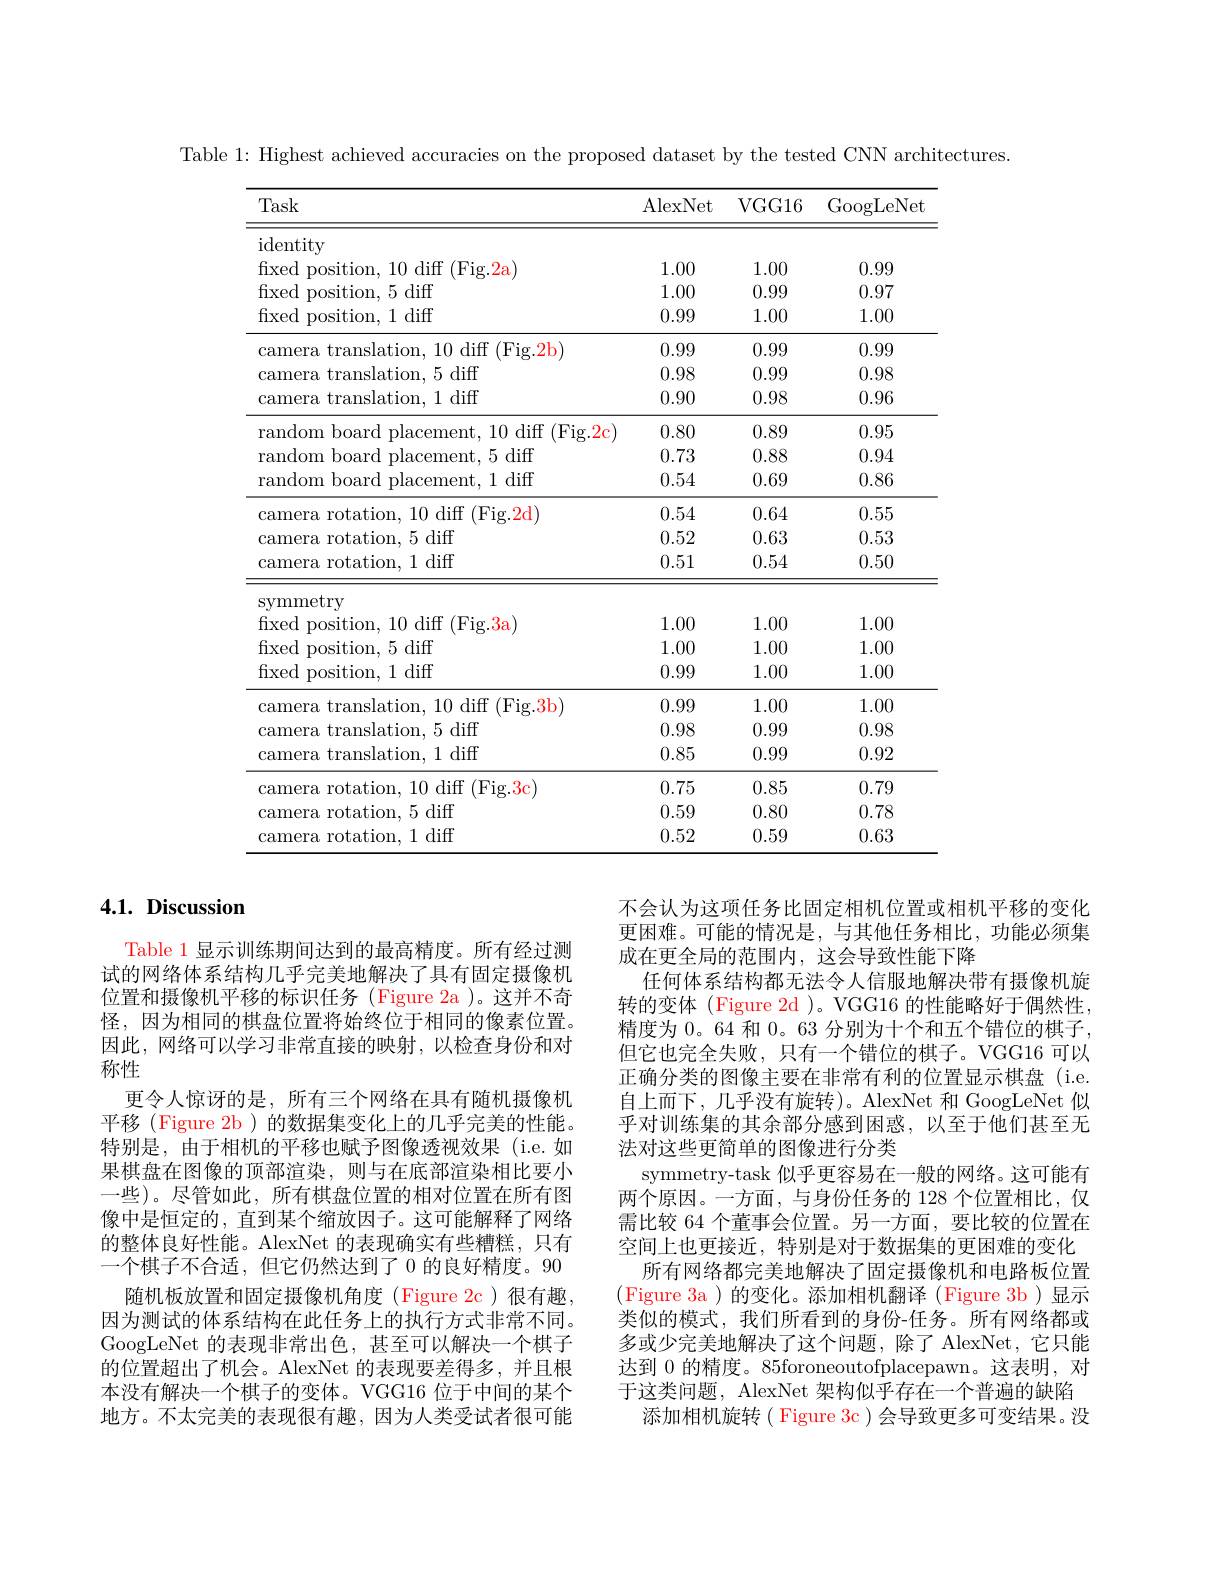
Table 1: Highest achieved accuracies on the proposed dataset by the tested CNN architectures.
<table>
	<tbody>
		<tr>
			<th>Task</th>
			<th>AlexNet</th>
			<th>VGG16</th>
			<th>$\operatorname{GoogLeNet}$</th>
		</tr>
		<tr>
			<td>$\operatorname{identity}$</td>
			<td> </td>
			<td> </td>
			<td> </td>
		</tr>
		<tr>
			<td>fixed position, 10 diff (Fig.2a</td>
			<td>1.00</td>
			<td>1.00</td>
			<td>0.99</td>
		</tr>
		<tr>
			<td>$j$diff fivec 5</td>
			<td>1.00</td>
			<td>0.99</td>
			<td>0.97</td>
		</tr>
		<tr>
			<td>fixed position, 1 diff</td>
			<td>0.99</td>
			<td>1.00</td>
			<td>1.00</td>
		</tr>
		<tr>
			<td>camera translation, 10 diff (Fig.2b)</td>
			<td>0.99</td>
			<td>0.99</td>
			<td>0.99</td>
		</tr>
		<tr>
			<td>camera translation, 5 diff</td>
			<td>0.98</td>
			<td>0.99</td>
			<td>0.98</td>
		</tr>
		<tr>
			<td>camera translation, 1 diff</td>
			<td>0.90</td>
			<td>0.98</td>
			<td>0.96</td>
		</tr>
		<tr>
			<td>random board placement, 10 diff (Fig.2c)</td>
			<td>0.80</td>
			<td>0.89</td>
			<td>0.95</td>
		</tr>
		<tr>
			<td>random board placement, 5 diff</td>
			<td>0.73</td>
			<td>0.88</td>
			<td>0.94</td>
		</tr>
		<tr>
			<td>random board placement, 1 diff</td>
			<td>0.54</td>
			<td>0.69</td>
			<td>0.86</td>
		</tr>
		<tr>
			<td>camera rotation, 10 diff (Fig.2d)</td>
			<td>0.54</td>
			<td>0.64</td>
			<td>0.55</td>
		</tr>
		<tr>
			<td>camera rotation, 5 diff</td>
			<td>0.52</td>
			<td>0.63</td>
			<td>0.53</td>
		</tr>
		<tr>
			<td>camera rotation, 1 diff</td>
			<td>0.51</td>
			<td>0.54</td>
			<td>0.50</td>
		</tr>
		<tr>
			<td>symmetry</td>
			<td> </td>
			<td> </td>
			<td> </td>
		</tr>
		<tr>
			<td>fixed position, 10 diff (Fig.3a</td>
			<td>1.00</td>
			<td>1.00</td>
			<td>1.00</td>
		</tr>
		<tr>
			<td>fixed position, 5 diff</td>
			<td>1.00</td>
			<td>1.00</td>
			<td>1.00</td>
		</tr>
		<tr>
			<td>fixed position, 1 diff</td>
			<td>0.99</td>
			<td>1.00</td>
			<td>1.00</td>
		</tr>
		<tr>
			<td>camera translation, 10 diff (Fig.3b)</td>
			<td>0.99</td>
			<td>1.00</td>
			<td>1.00</td>
		</tr>
		<tr>
			<td>camera translation, 5 diff</td>
			<td>0.98</td>
			<td>0.99</td>
			<td>0.98</td>
		</tr>
		<tr>
			<td>camera translation, 1 diff</td>
			<td>0.85</td>
			<td>0.99</td>
			<td>0.92</td>
		</tr>
		<tr>
			<td>camera rotation, 10 diff (Fig.3c)</td>
			<td>0.75</td>
			<td>0.85</td>
			<td>0.79</td>
		</tr>
		<tr>
			<td>camera rotation, 5 diff</td>
			<td>0.59</td>
			<td>0.80</td>
			<td>0.78</td>
		</tr>
		<tr>
			<td>diff Came 1</td>
			<td>0.52</td>
			<td>0.59</td>
			<td>0.63</td>
		</tr>
	</tbody>
</table>

# 4.1. Discussion

Table 1 显示训练期间达到的最高精度。所有经过测试的网络体系结构几乎完美地解决了具有固定摄像机位置和摄像机平移的标识任务 (Figure 2a )。这并不奇怪，因为相同的棋盘位置将始终位于相同的像素位置。因此，网络可以学习非常直接的映射，以检查身份和对称性
更令人惊讶的是，所有三个网络在具有随机摄像机平移 (Figure 2b) 的数据集变化上的几乎完美的性能。特别是，由于相机的平移也赋予图像透视效果(i.e.如果棋盘在图像的顶部渲染，则与在底部渲染相比要小一些)。尽管如此，所有棋盘位置的相对位置在所有图像中是恒定的，直到某个缩放因子。这可能解释了网络的整体良好性能。AlexNet 的表现确实有些糟糕，只有一个棋子不合适，但它仍然达到了 0 的良好精度。90
随机板放置和固定摄像机角度(Figure 2c)很有趣， 因为测试的体系结构在此任务上的执行方式非常不同。GoogLeNet 的表现非常出色，甚至可以解决一个棋子的位置超出了机会。AlexNet 的表现要差得多，并且根本没有解决一个棋子的变体。VGG16 位于中间的某个地方。不太完美的表现很有趣，因为人类受试者很可能

不会认为这项任务比固定相机位置或相机平移的变化更困难。可能的情况是，与其他任务相比，功能必须集成在更全局的范围内，这会导致性能下降
任何体系结构都无法令人信服地解决带有摄像机旋转的变体 (Figure 2d )。VGG16 的性能略好于偶然性， 精度为 0。64 和0。63 分别为十个和五个错位的棋子， 但它也完全失败，只有一个错位的棋子。VGG16 可以正确分类的图像主要在非常有利的位置显示棋盘(i.e. 自上而下，几乎没有旋转)。AlexNet 和 GoogLeNet 似乎对训练集的其余部分感到困惑，以至于他们甚至无法对这些更简单的图像进行分类
symmetry-task 似乎更容易在一般的网络。这可能有两个原因。一方面，与身份任务的 128 个位置相比，仅需比较 64 个董事会位置。另一方面，要比较的位置在空间上也更接近，特别是对于数据集的更困难的变化
所有网络都完美地解决了固定摄像机和电路板位置(Figure 3a)的变化。添加相机翻译(Figure 3b)显示类似的模式，我们所看到的身份-任务。所有网络都或多或少完美地解决了这个问题，除了 AlexNet,它只能达到 0 的精度。85foroneoutofplacepawn。这表明，对于这类问题，AlexNet 架构似乎存在一个普遍的缺陷
添加相机旋转( Figure 3c)会导致更多可变结果。没